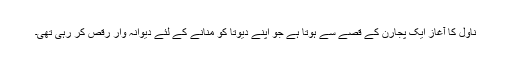
ناول کا آغاز ایک پجارن کے قصے سے ہوتا ہے جو اپنے دیوتا کو منانے کے لئے دیوانہ وار رقص کر رہی تھی۔